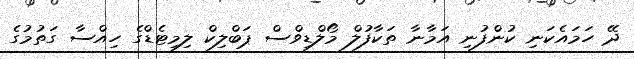
ދޭ ހަމައެކަނި ކުންފުނި އަމާނާ ތަކާފުލް މޯލްޑިވްސް ޕަބްލިކް ލިމިޓެޑްގެ ހިއްސާ ގަތުމުގެ